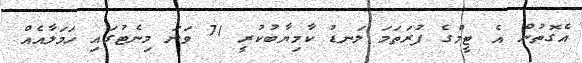
އެގޮތުން އެ ޓީމްގެ ފުރަތަމަ ލަނޑު ކާމިޔާބުކުރީ 71 ވަނަ މިނެޓުގައި ހަމަލާއެއް